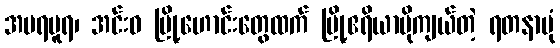
အမရပူရ၊ အင်းဝ မြို့ဟောင်းတွေထက် မြို့ဧရိယာပိုကျယ်တဲ့ ရတနာပုံ